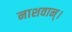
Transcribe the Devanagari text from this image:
नाशवान्।